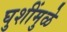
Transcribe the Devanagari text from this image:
घुशींमुळे